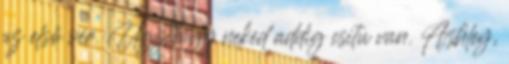
az első vér. Úgyhogy neked addig csitu van. Ashley,